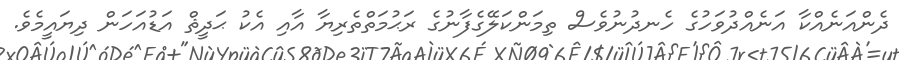
ދެންއަނެއްކާ އަނެއްދުވަހުގެ ހެނދުނުވެސް ތިމަންކަލޭގެފާނުގެ ރަޙުމަތްތެރިޔާ އާއި އެކު ޙަދީޘް އަޑުއަހަން ދިޔައީމެވެ.